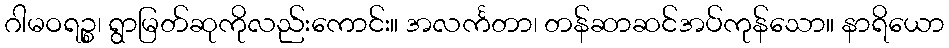
ဂါမဝရဉ္စ၊ ရွာမြတ်ဆုကိုလည်းကောင်း။ အလင်္ကတာ၊ တန်ဆာဆင်အပ်ကုန်သော။ နာရိယော